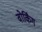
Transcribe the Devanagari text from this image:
वोर्किंग